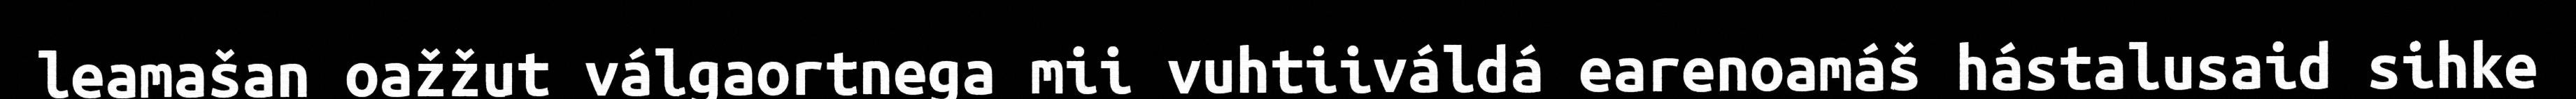
leamašan oažžut válgaortnega mii vuhtiiváldá earenoamáš hástalusaid sihke